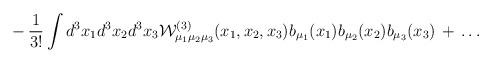
LaTeX: \begin{align*}\,-\,\frac{1}{3!}\int d^3x_1 d^3x_2 d^3x_3 {\mathcal W}^{(3)}_{\mu_1\mu_2\mu_3}(x_1,x_2,x_3) b_{\mu_1}(x_1) b_{\mu_2}(x_2) b_{\mu_3}(x_3) \,+\, \ldots\end{align*}